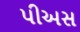
પીઅસ